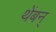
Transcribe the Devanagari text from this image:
थेंबन्